Leningradi_Edasi_toimetus, lk 311
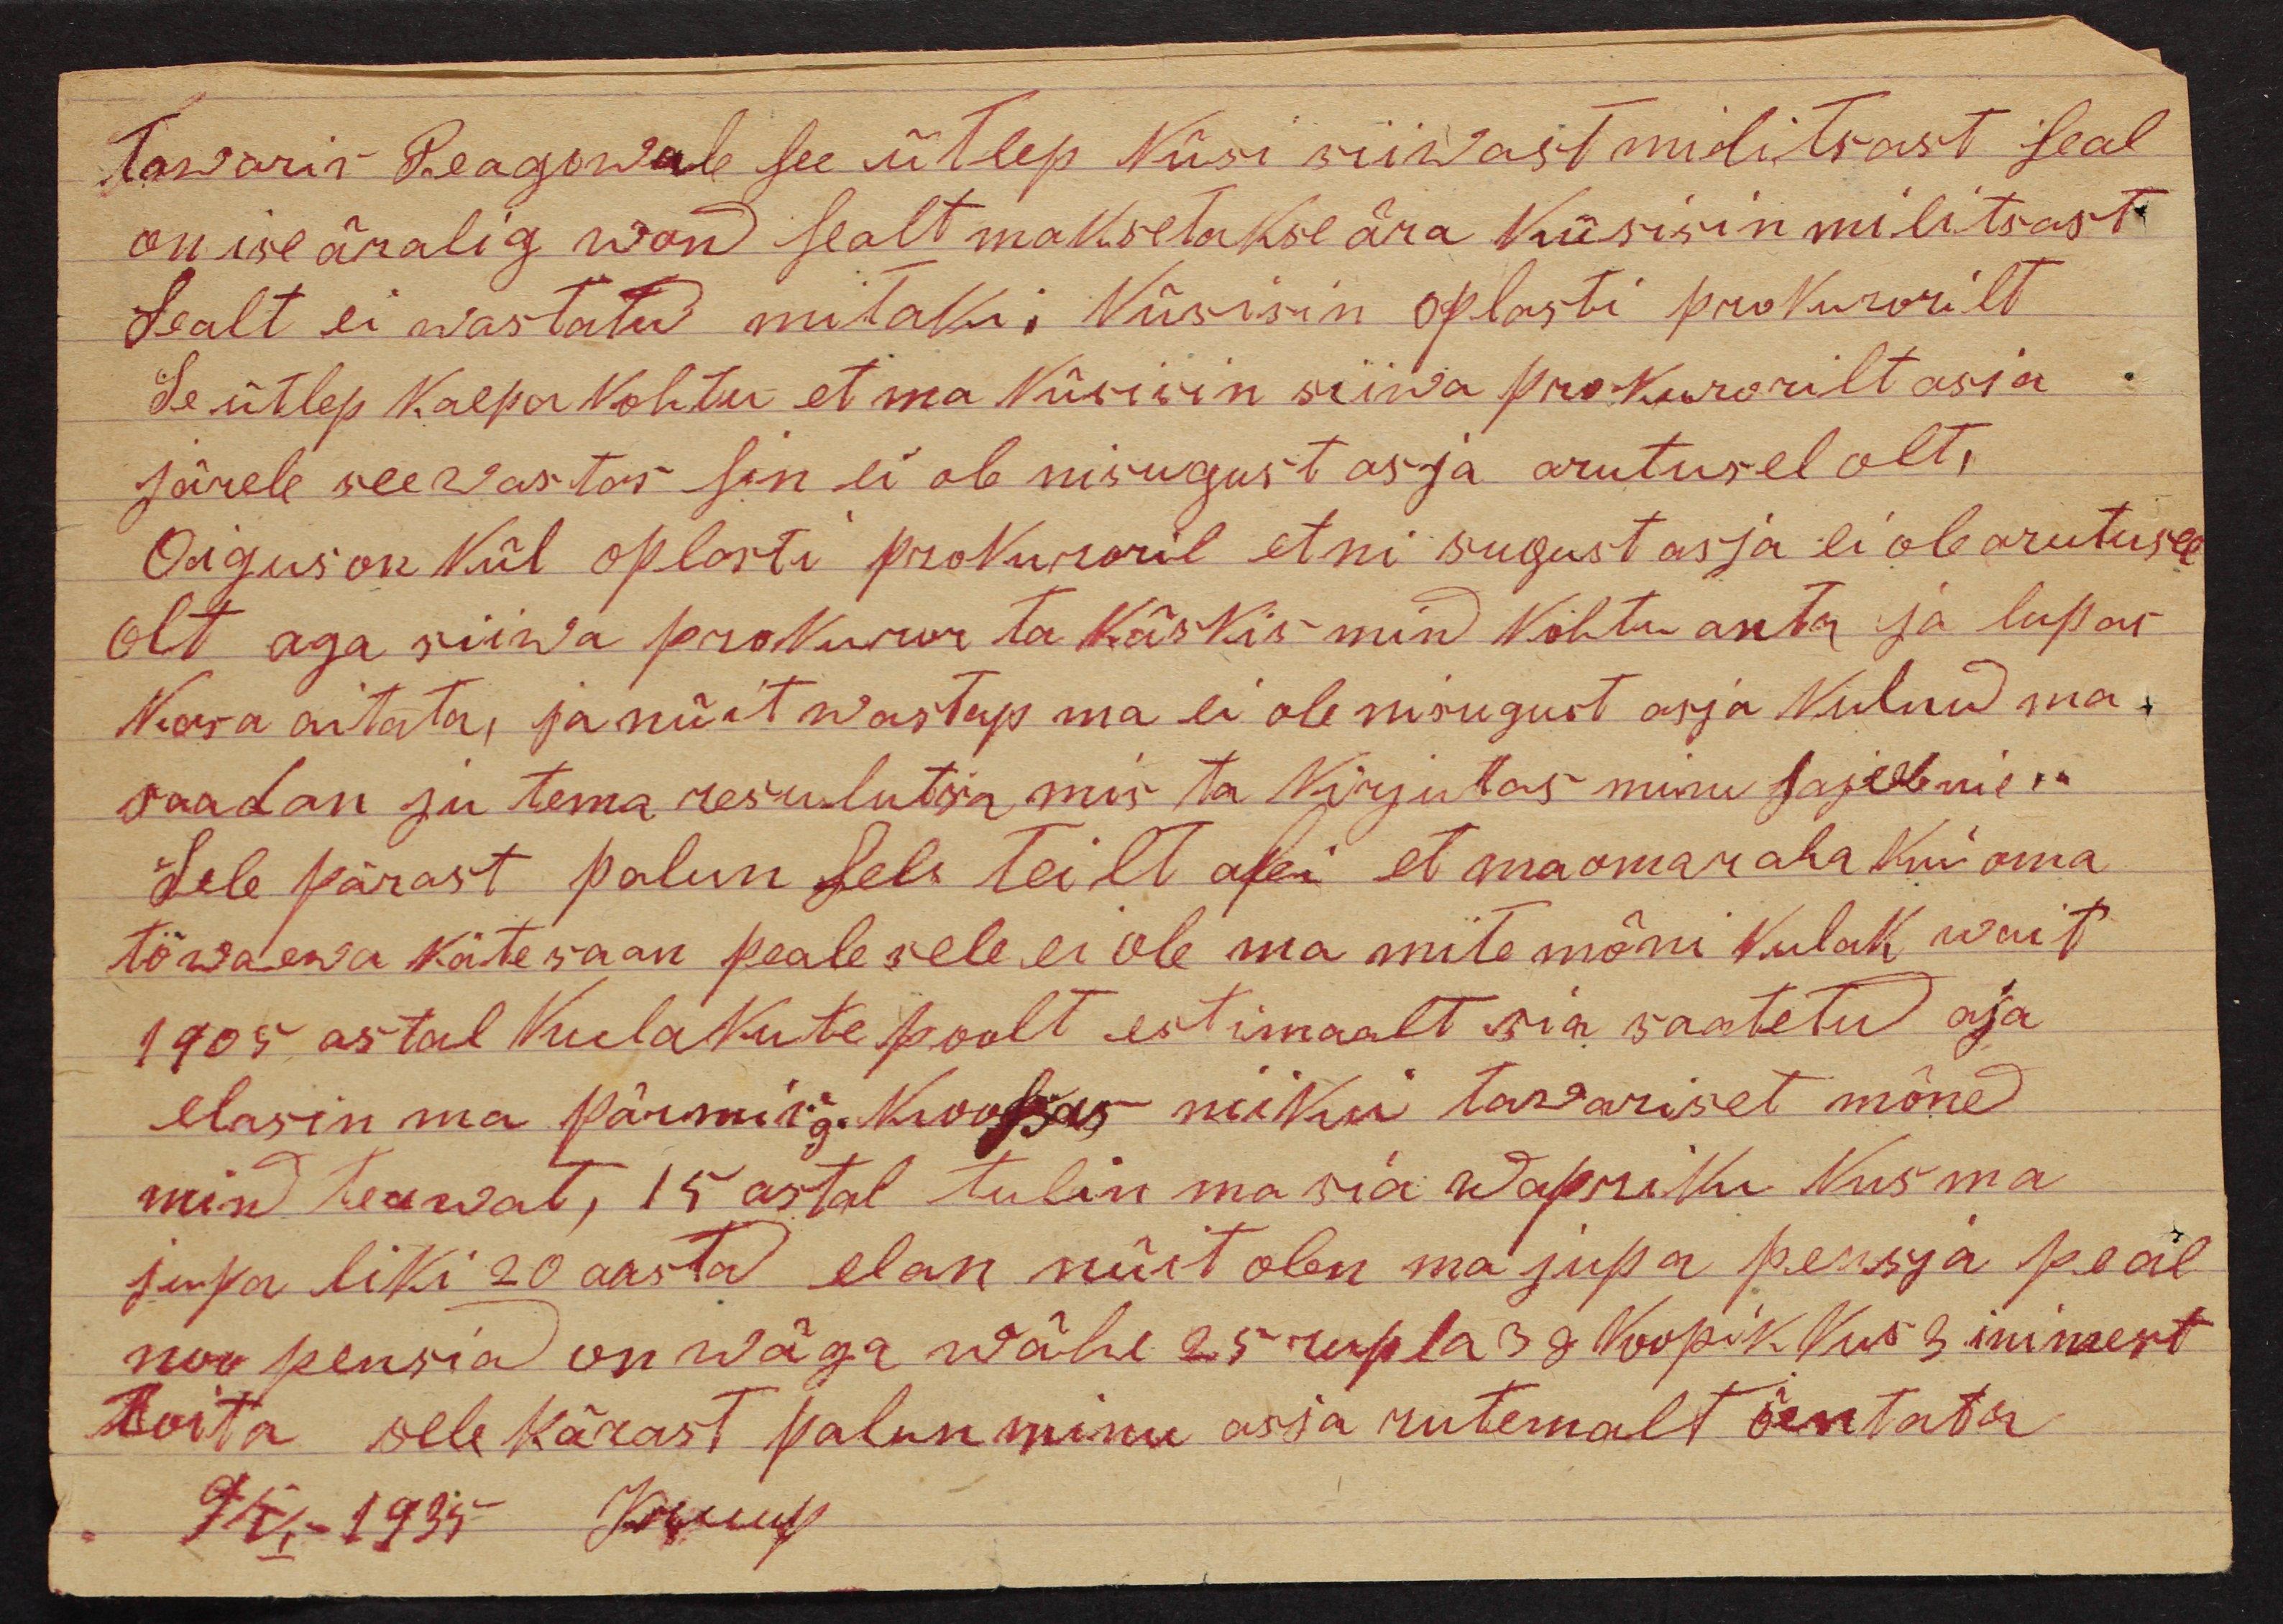
Tawariš Peagowale see ütlep Küsi siiwast militsast seal
on ise äralig won sealt maksetakse ära küsisin militsast
Sealt ei wastatud mitaki. Küsisin oblasti prokurorilt
se ütlep kaepa kohtu et ma küsisin siiwa prokurorilt asja
järele see wastas sin ei ole nisugust asja arutusel olt,
Oigus on kül oplasti prokuraril et ni sugust asja ei ole arutusel
olt aga siiwa prokuror ta käskis mind kohtu antu ja lupas
korra aitata, ja nüit wastap ma ei ole nisugust asja kulnud ma-
saadan ju tema resulutsia mis ta kirjutas minu asja meie
Sele pärast palun sels teilt abi et ma oma raha kui oma
tö waewa käte saan peale sele ei ole ma mitte mõni kulak wait
1905 astal kulakute poolt eestimaalt siia saatetu aja
elasin ma Pärmi ja koosas minu tawariset mõned
mind teawat, 15 astal tulin ma sia Wapriku kus ma
jupa liki 20 aasta elan nüit olen ma jupa pensya peal
mo pensiad on wäga wähe 25 rupla 39 koopik. Kus 3 inimest
toita sele kärast palun minu asja rutemalt õentata
9/VI 1935 Kruup